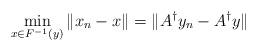
LaTeX: \begin{align*} \min \limits_{x \in F^{-1}(y)} \|x_n-x\| = \|A^\dagger y_n - A^\dagger y\|\end{align*}